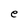
Character: e